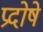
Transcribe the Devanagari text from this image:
प्रदोषे